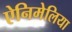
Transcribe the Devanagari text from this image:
ऐनिमेलिया